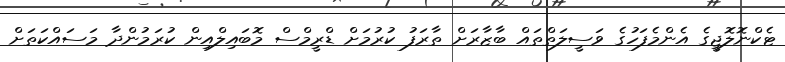
ޓެކްނޮލޮޖީގެ އެންމެފަހުގެ ވަސީލަތްތައް ބާޒާރަށް ތާރަފު ކުރުމަށް ޑްރީމްސް މޮބައިލްއިން ކުރަމުންދާ މަަސައްކަތަށް